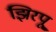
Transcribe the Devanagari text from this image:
झिरपू